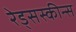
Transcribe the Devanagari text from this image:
रेड्सस्कीन्स